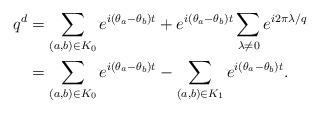
LaTeX: \begin{align*}q^d &= \sum_{(a,b)\in K_0} e^{i(\theta_a - \theta_b)t} + e^{i(\theta_a - \theta_b)t} \sum_{\lambda \ne 0} e^{i 2 \pi \lambda /q } \\&=\sum_{(a,b) \in K_0} e^{i(\theta_a - \theta_b)t} - \sum_{(a,b) \in K_1} e^{i(\theta_a - \theta_b)t}.\end{align*}